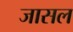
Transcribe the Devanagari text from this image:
जासल